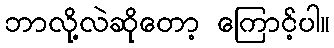
ဘာလို့လဲဆိုတော့ ကြောင့်ပါ။